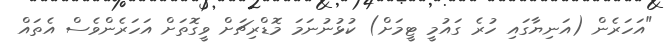
"އަހަރެން (އަނިޔާގައި ހުރެ ގައުމީ ޓީމަށް) ކުޅުނުނަމަ މޮޑްރިޗަށް ވީގޮތަށް އަހަރެންވެސް އެތައް